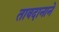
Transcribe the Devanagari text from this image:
तावदानाने